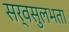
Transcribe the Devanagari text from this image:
सर्वसुलभता